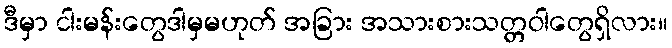
ဒီမှာ ငါးမန်းတွေဒါမှမဟုတ် အခြား အသားစားသတ္တဝါတွေရှိလား။